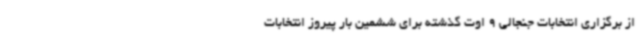
از برگزاری انتخابات جنجالی 9 اوت گذشته برای ششمین بار پیروز انتخابات